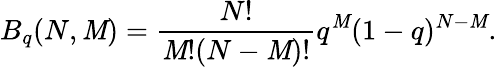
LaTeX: B_{q}(N,\mathit{M})=\frac{{N!}}{{\mathit{M}!(N-\mathit{M})!}}q^{\mathit{M}}(1-q)^{N-\mathit{M}}.